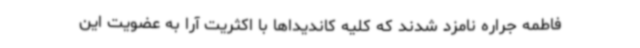
فاطمه جراره نامزد شدند که کلیه کاندیداها با اکثریت آرا به عضویت این